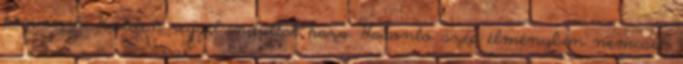
kórusnak. Kedden reggel indultak haza. Hasonló szép élményben nemcsak